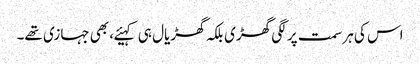
اس کی ہر سمت پر لگی گھڑی بلکہ گھڑیال ہی کہیئے، بھی جہازی تھے۔